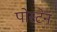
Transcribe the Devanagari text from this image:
पोस्टेन